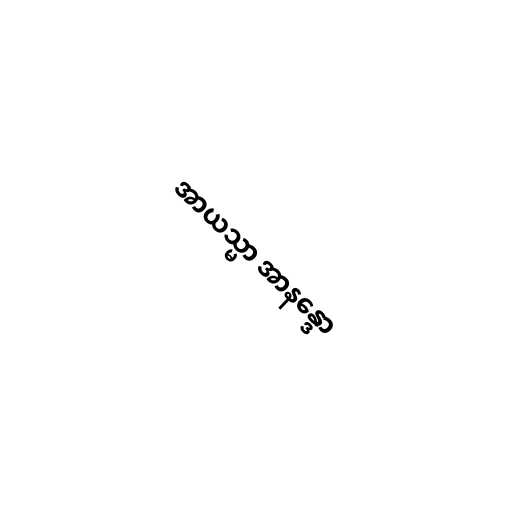
အာယသ္မာ အာနန္ဒော